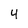
Character: 4